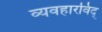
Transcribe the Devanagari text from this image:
व्यवहारविद्